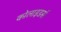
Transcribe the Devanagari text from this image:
कोलाइडर्स